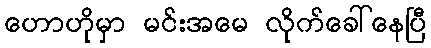
ဟောဟိုမှာ မင်းအမေ လိုက်ခေါ်နေပြီ